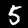
Digit: 5